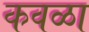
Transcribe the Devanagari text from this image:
कवळा